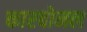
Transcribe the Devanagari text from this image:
कारबोनल